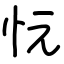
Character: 忨